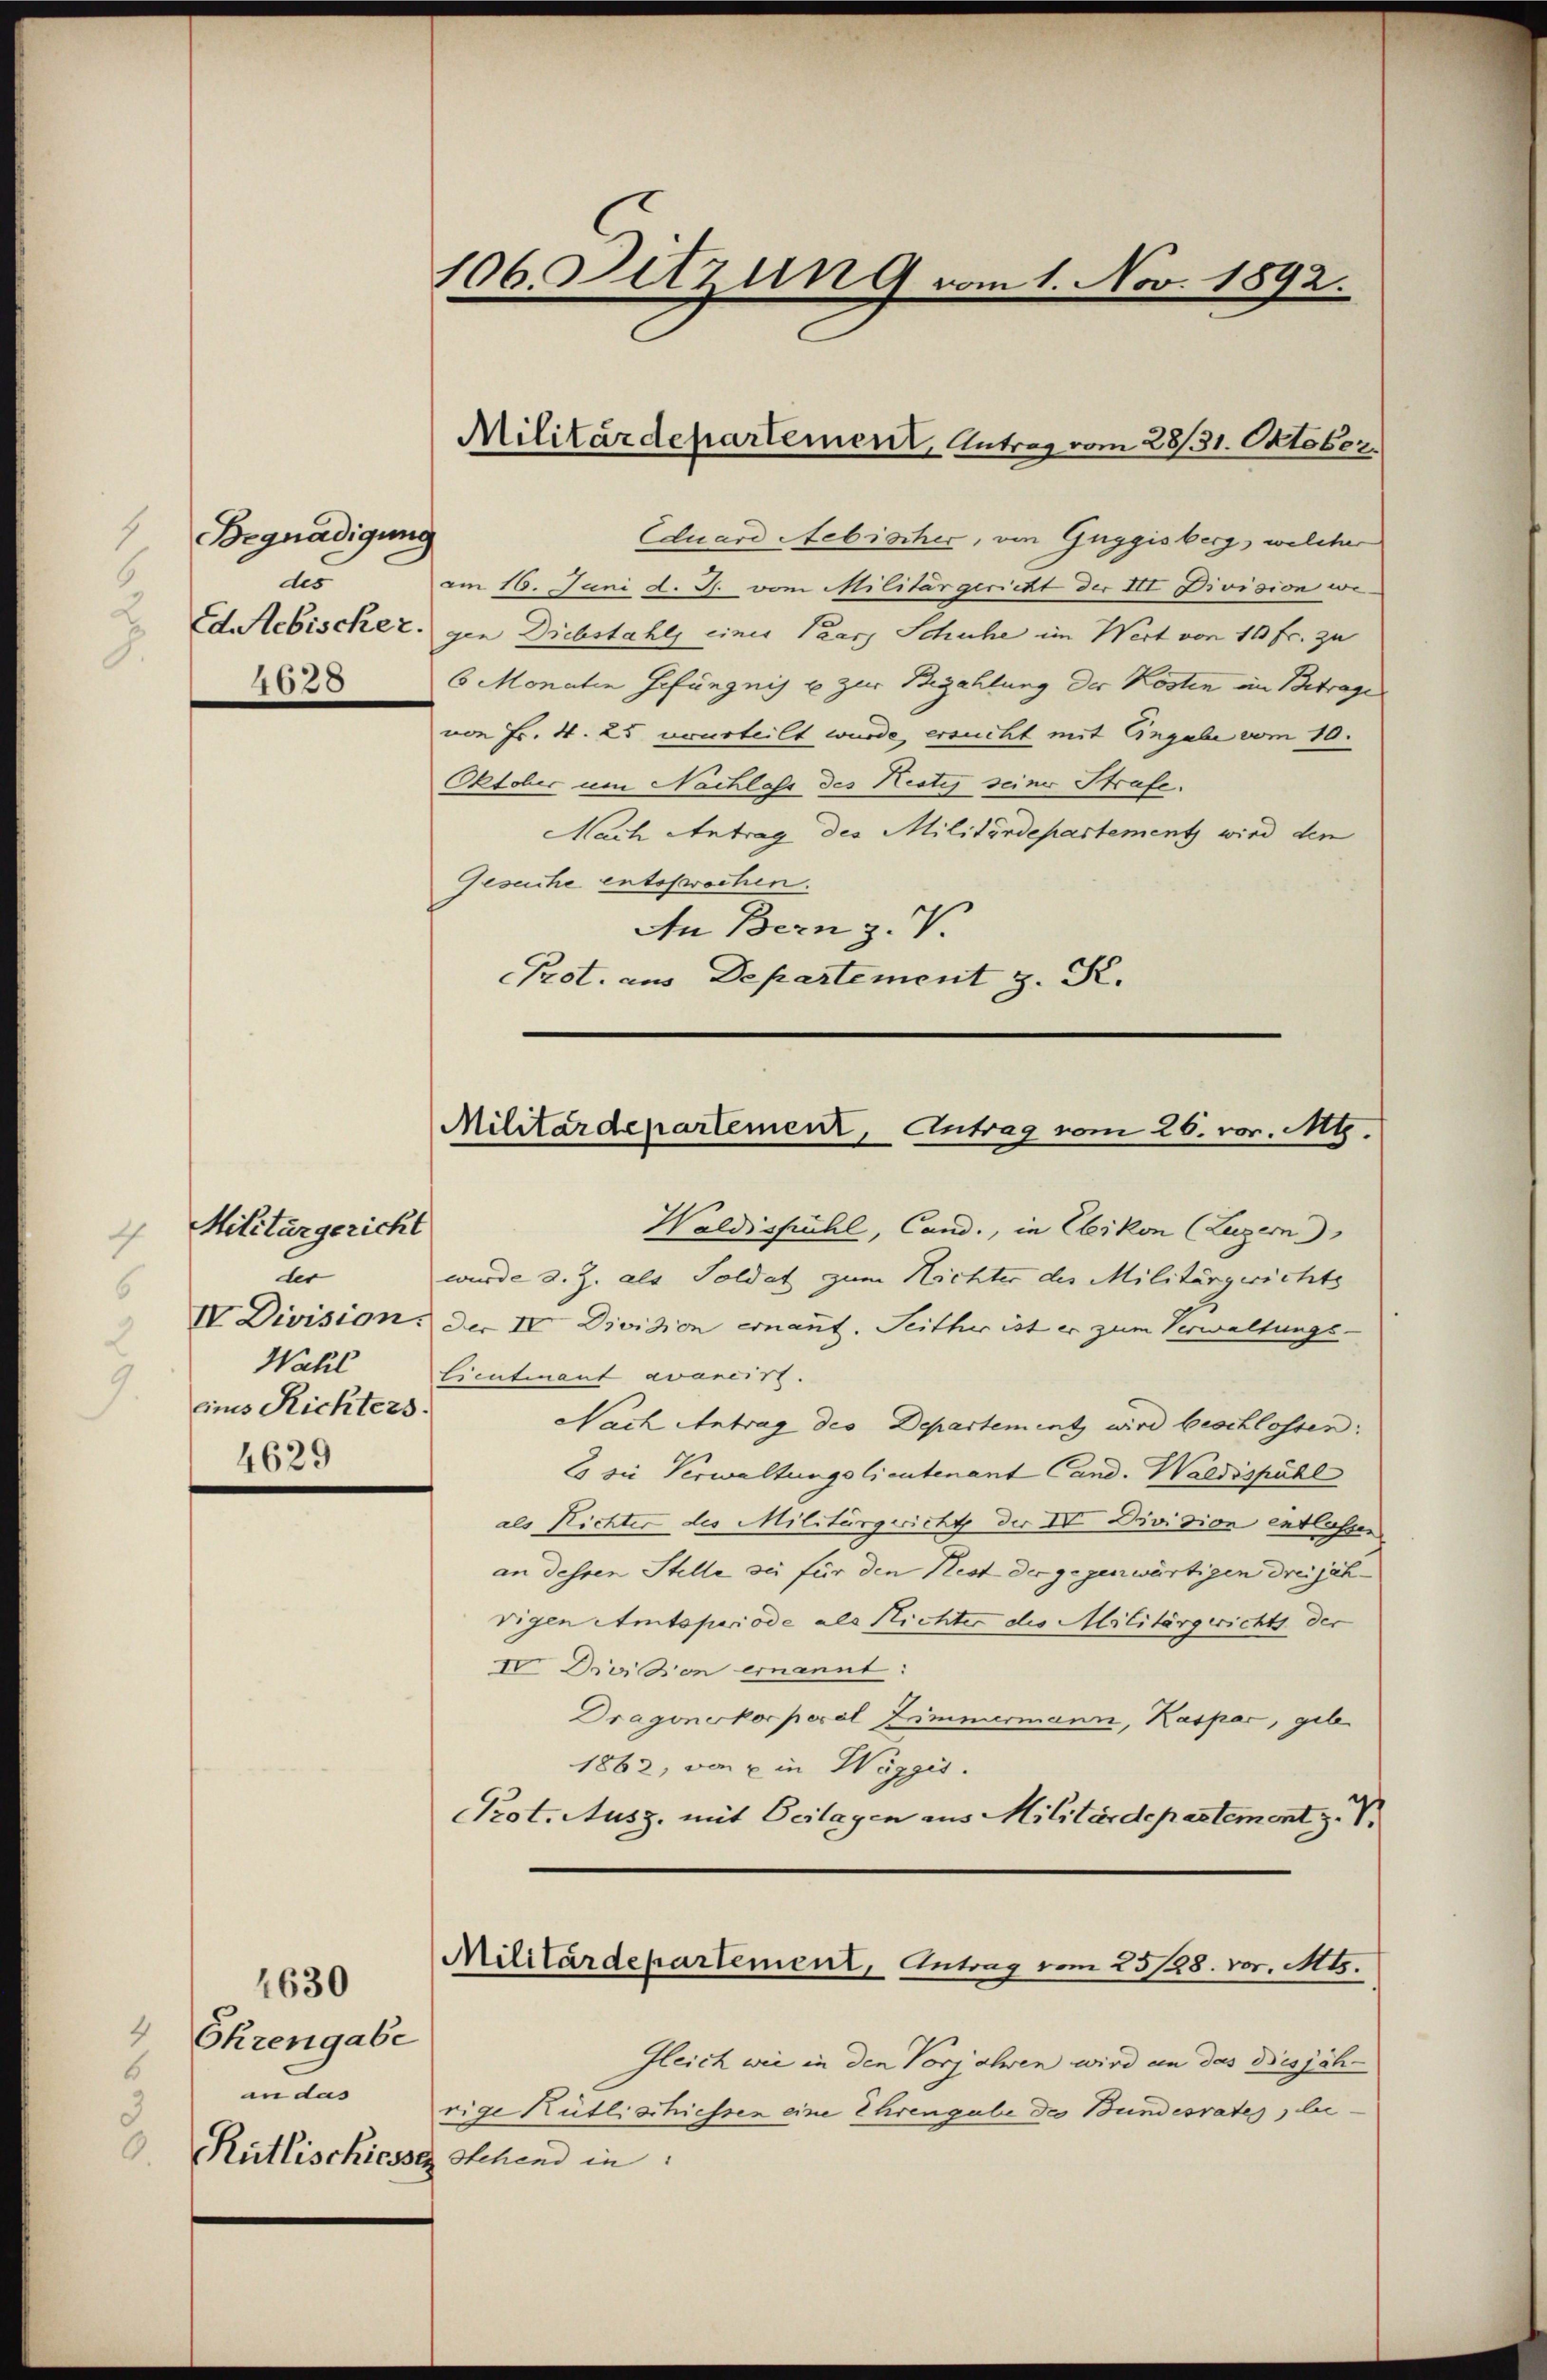
1
Begnadigung
des
4628

4

Militärgericht
les
IV Division.
eins Richters.
4629

1630

4
Ehrengabe
6 an das
3

106 Sitzung vom 1. Nov. 1892.

Eduard Aebischer, von Guggisberg, welcher
am 16. Juni d. J. vom Militärgericht der III Division we¬
Ed.Aebischer, gen Diebstahls einer Paar Schuhe im Wert von 10 fr. zu
6 Monaten Gefängnis u zur Bezahlung der Kosten im Betrage
von Fr. 4. 25 verurteilt wurde, ersucht mit Eingabe vom 10.
Oktober um Nachlass des Restig seiner Strafe.
Nach Antrag des Militärdepartement wird den
Gesuche entshwochen.
An Bern z.
Prot. aus Departement z. S.

Militärdepartement, Antrag vom 28/31. Oktober.

Militärdepartement, Antrag vom 26. vor. Mts.

Waldisfühl, Cand., in Ebikon (Luzern
wurde z. Z. als Soldat zum Nichter des Militärgerichts
Der IV. Division ernannt. Seither ist er zum Verwaltungs-
Wahl Lieutnant avancirt.
Nach Antrag des Departement wird beschlossen:
Es sie Verwaltungslieutenant Cand. Waldispühl
als Richter des Militärgericht der III Division entlasser
an dessen Stelle zu für den Nest der gegenwärtigen dreijährigen Amtsperiode als Nichter des Militärgerichts der
IV Division ernannt:
Dragonerkorporal Zimmermann, Kaspar, geb.
1862, von u in Weggis.
Prot. Ausz. mit Beilagen aus Militärdepartement z. V.
Militärdepartement, Antrag vom 25/128. vor. Mts.
Gleich wie in den Vorjahren wird an das Disjäh-
rige Kütlischiessen eine Ehrengabe des Bundesrates, lie¬
Rütlischiesser Stehend in